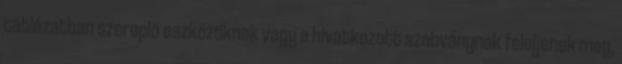
táblázatban szereplõ eszközöknek vagy a hivatkozott szabványnak feleljenek meg,